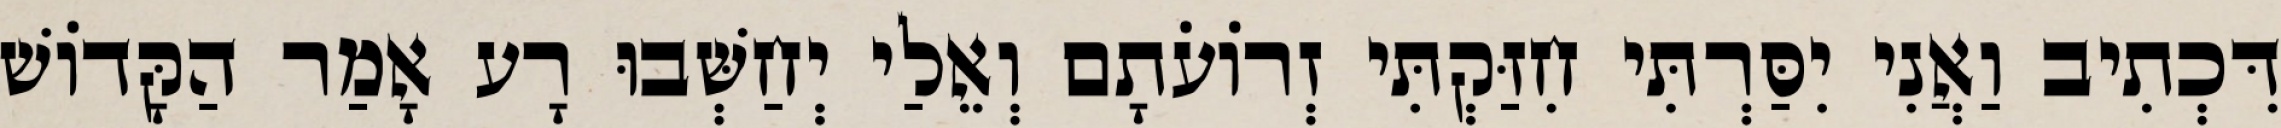
דִּכְתִיב וַאֲנִי יִסַּרְתִּי חִזַּקְתִּי זְרוֹעֹתָם וְאֵלַי יְחַשְּׁבוּ רָע אָמַר הַקָּדוֹשׁ